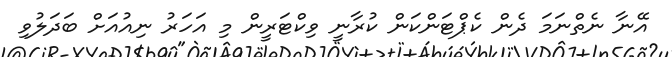
އޭނާ ނެތްނަމަ ދެން ކެޕްޓަންކަން ކުރާނީ ވިކްޓަރީން މި އަހަރު ނިއުއަށް ބަދަލުވި